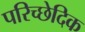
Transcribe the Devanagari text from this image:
परिच्छेदिक